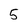
Character: 5